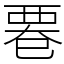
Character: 䙴